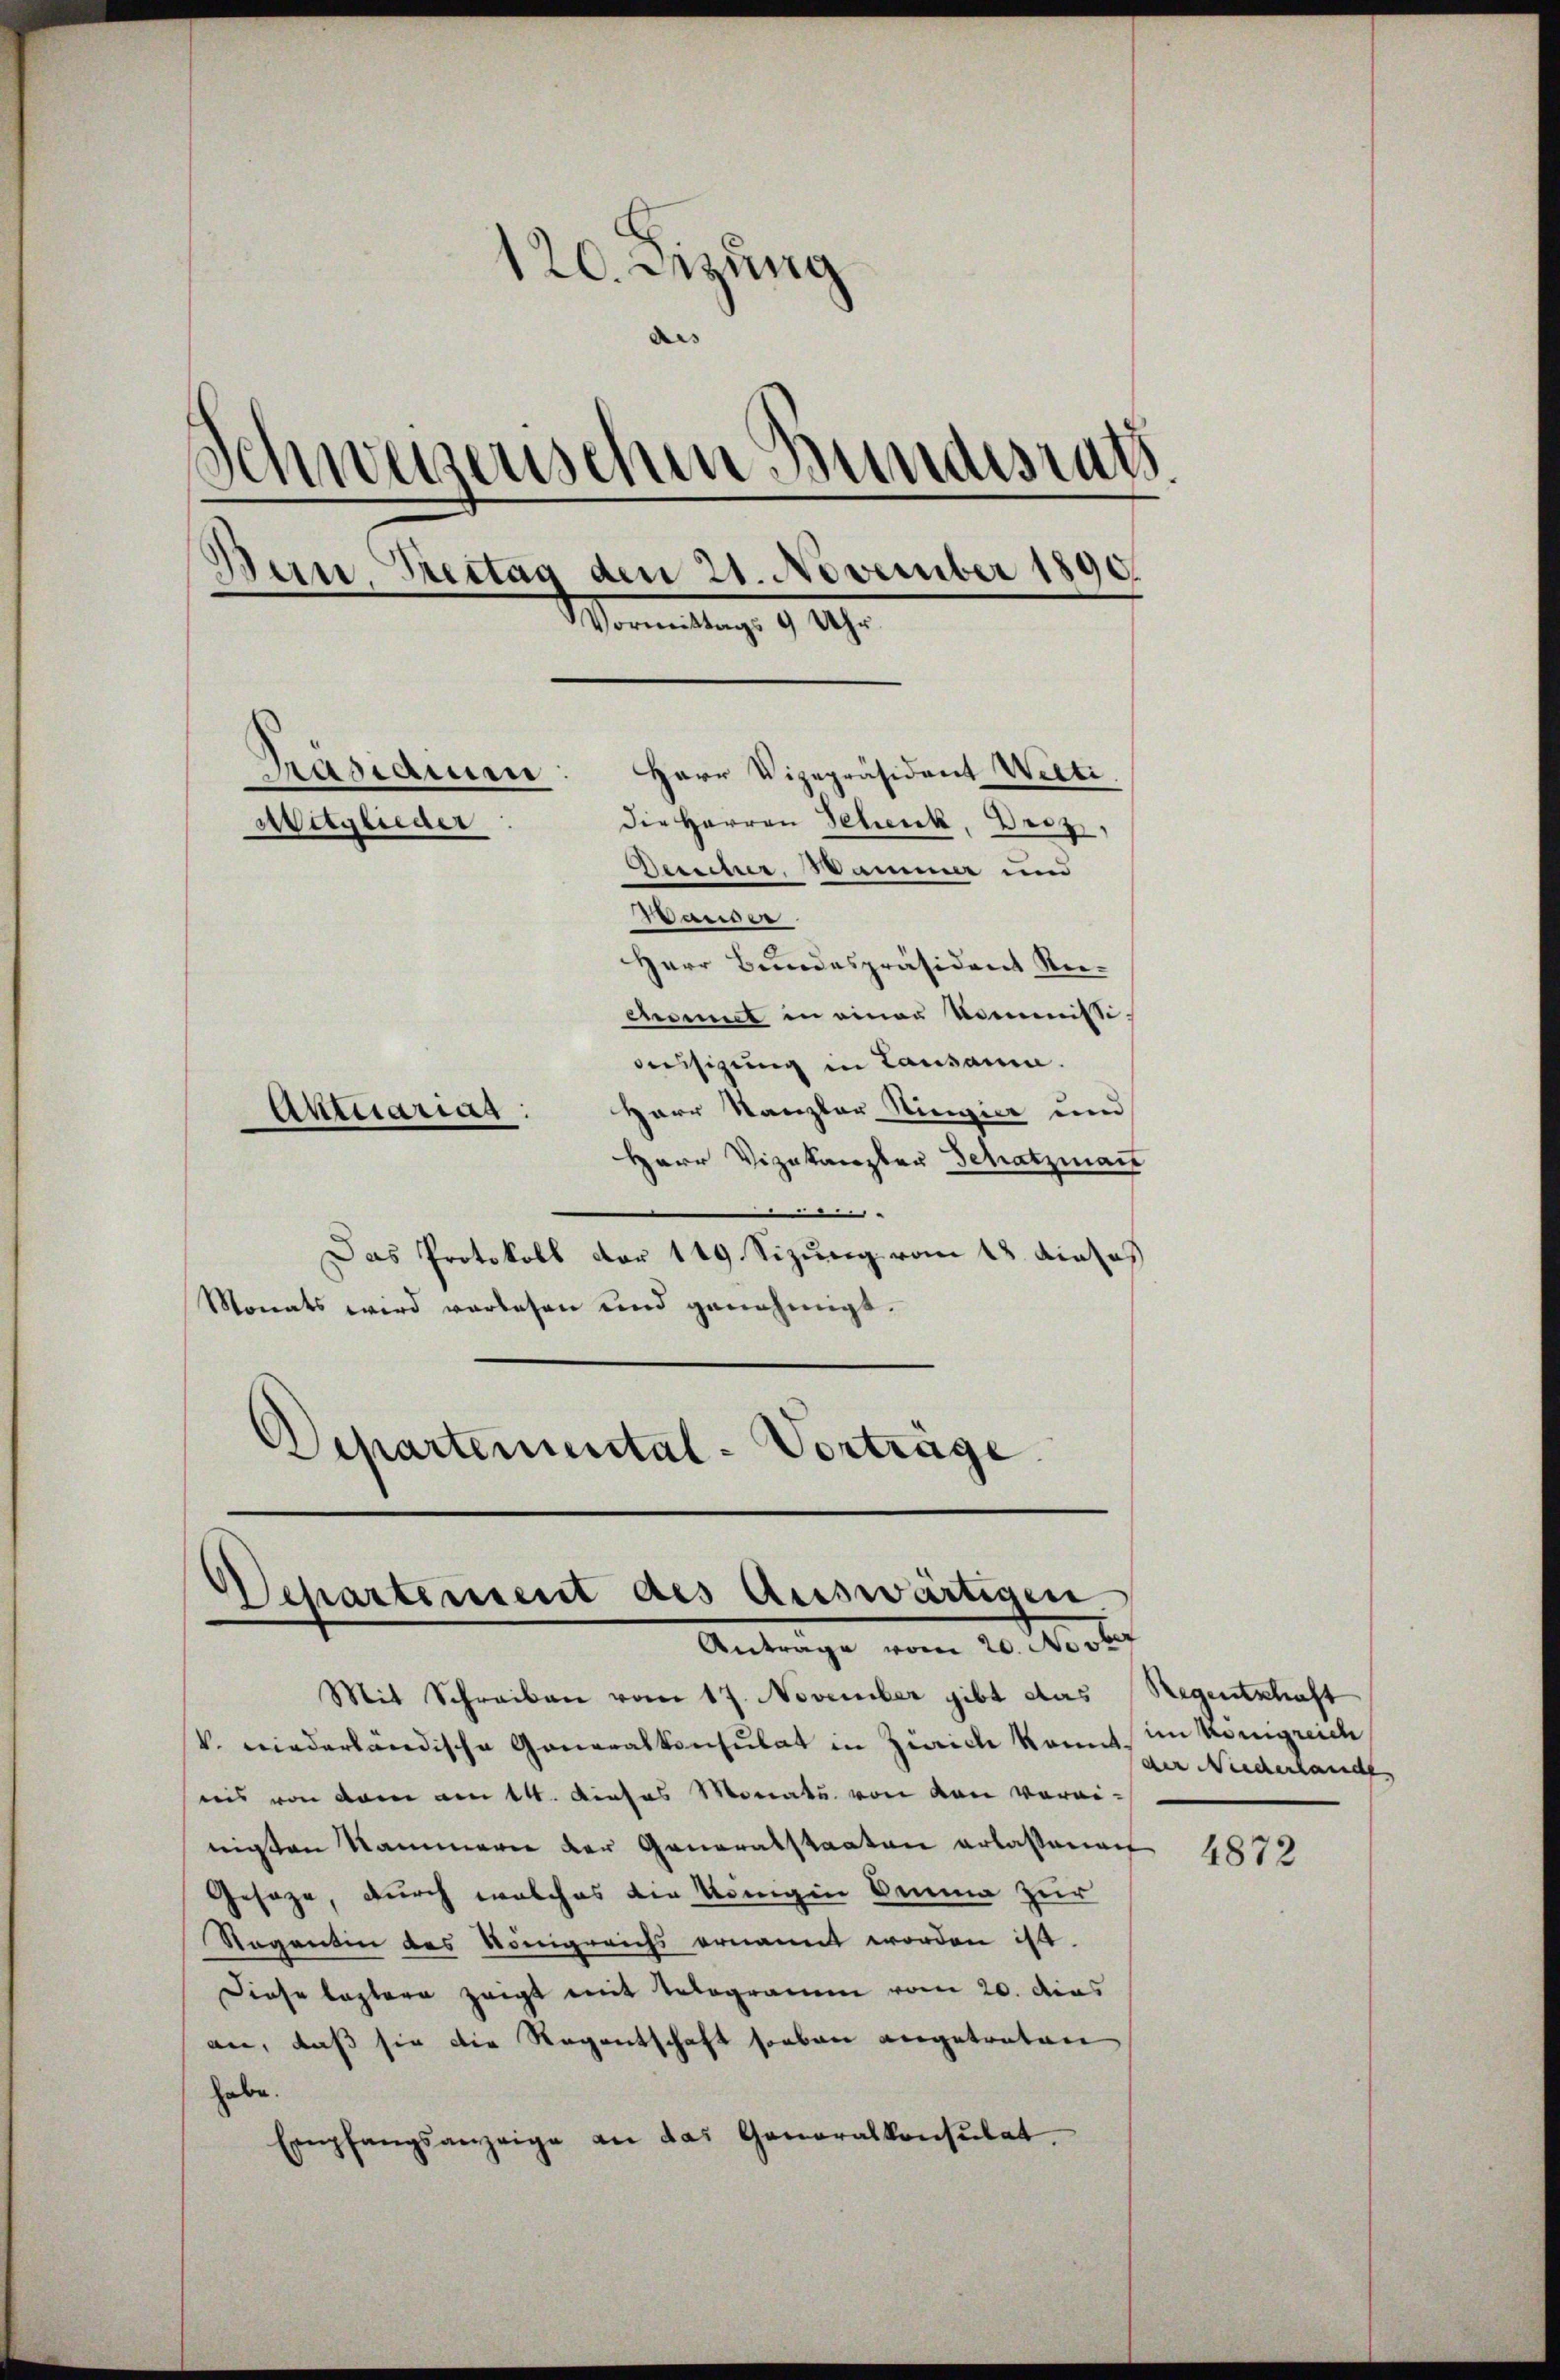
120. Sitzung
¬
des
Schweizenschen Bundesrath
Bern, Brettag den 21. November 1890.
Vormittag. 94.
Herr Vizepräsident Welti.
Präsidium
Die Herren Schenk, Decz,
Wagender
Berechner, Wamme un
Wander
Herr Bundespräsident Rechsmiet in einer Kommissiässigung in Lausamme.
Herr Kanzler Ringier und
Aktuariag:
Herr Vizekanzler Schatzmann

Das Protokoll der 149 Sizung vom 13. dieses
Monats wird verlesen und genehmigt.
Departemental-Vorträge.

Departement des Auswärtigen
Antrage vom 20. Novbr

Mit Schreiben vom 17. November gibt das Regentschaft
V. wiederländische Generalkonsulat in Zürich konnt im Königreich
nis von dem am 14. Dieses Monats von den vorei-
nigten Nammern der Generalstaaten erlassent
Gesage, durch welches die Königin Oma zur
Regentin des Königreichs ernannt worden ist.
Diese leztere zeigt mit Telegramm vom 20. dies
an, daß sie die Regentschaft soeben angetreten
habe.
Empfangsanzeige an das Generalkonsulat

der Niederlande

4872